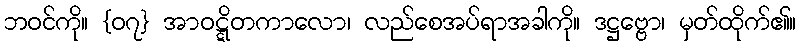
ဘဝင်ကို။ {၀၇} အာဝဋ္ဋိတကာလော၊ လည်စေအပ်ရာအခါကို။ ဒဋ္ဌဗ္ဗော၊ မှတ်ထိုက်၏။